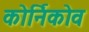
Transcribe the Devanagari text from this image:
कोर्निकोव